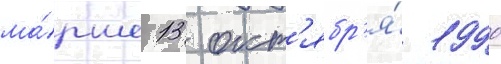
ма́рше 13 окт'ябр'я́ 1990